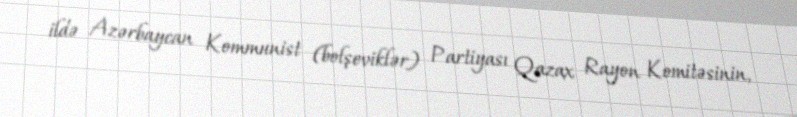
ildə Azərbaycan Kommunist (bolşeviklər) Partiyası Qazax Rayon Komitəsinin,